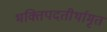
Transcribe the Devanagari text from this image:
भक्तिपदतीर्थामृत